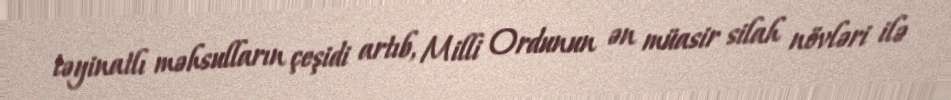
təyinatlı məhsulların çeşidi artıb, Milli Ordunun ən müasir silah növləri ilə